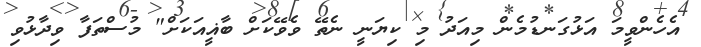
އެހެންވީމަ އަޅުގަނޑުމެން މިއަދު މިި ކިޔަނީ ނެތޭ ވެވޭކަށް ބާޣީއަކަށް" މުސްތަފާ ވިދާޅުވި